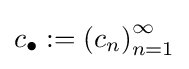
c_{\bullet }:=\left(c_{n}\right)_{n=1}^{\infty }